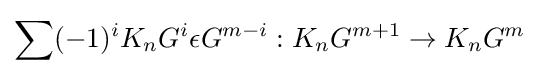
\sum (-1)^{i}K_{n}G^{i}\epsilon G^{m-i}:K_{n}G^{m+1}\to K_{n}G^{m}